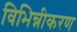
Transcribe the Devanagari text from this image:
विभिन्नीकरण